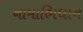
નામાભિધાન